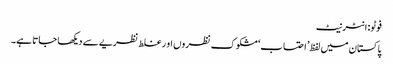
فوٹو: انٹرنیٹ
پاکستان میں لفظ’ احتساب‘ مشکوک نظروں او ر غلط نظریے سے دیکھا جاتا ہے۔